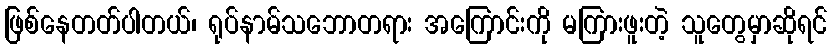
ဖြစ်နေတတ်ပါတယ်၊ ရုပ်နာမ်သဘောတရား အကြောင်းကို မကြားဖူးတဲ့ သူတွေမှာဆိုရင်